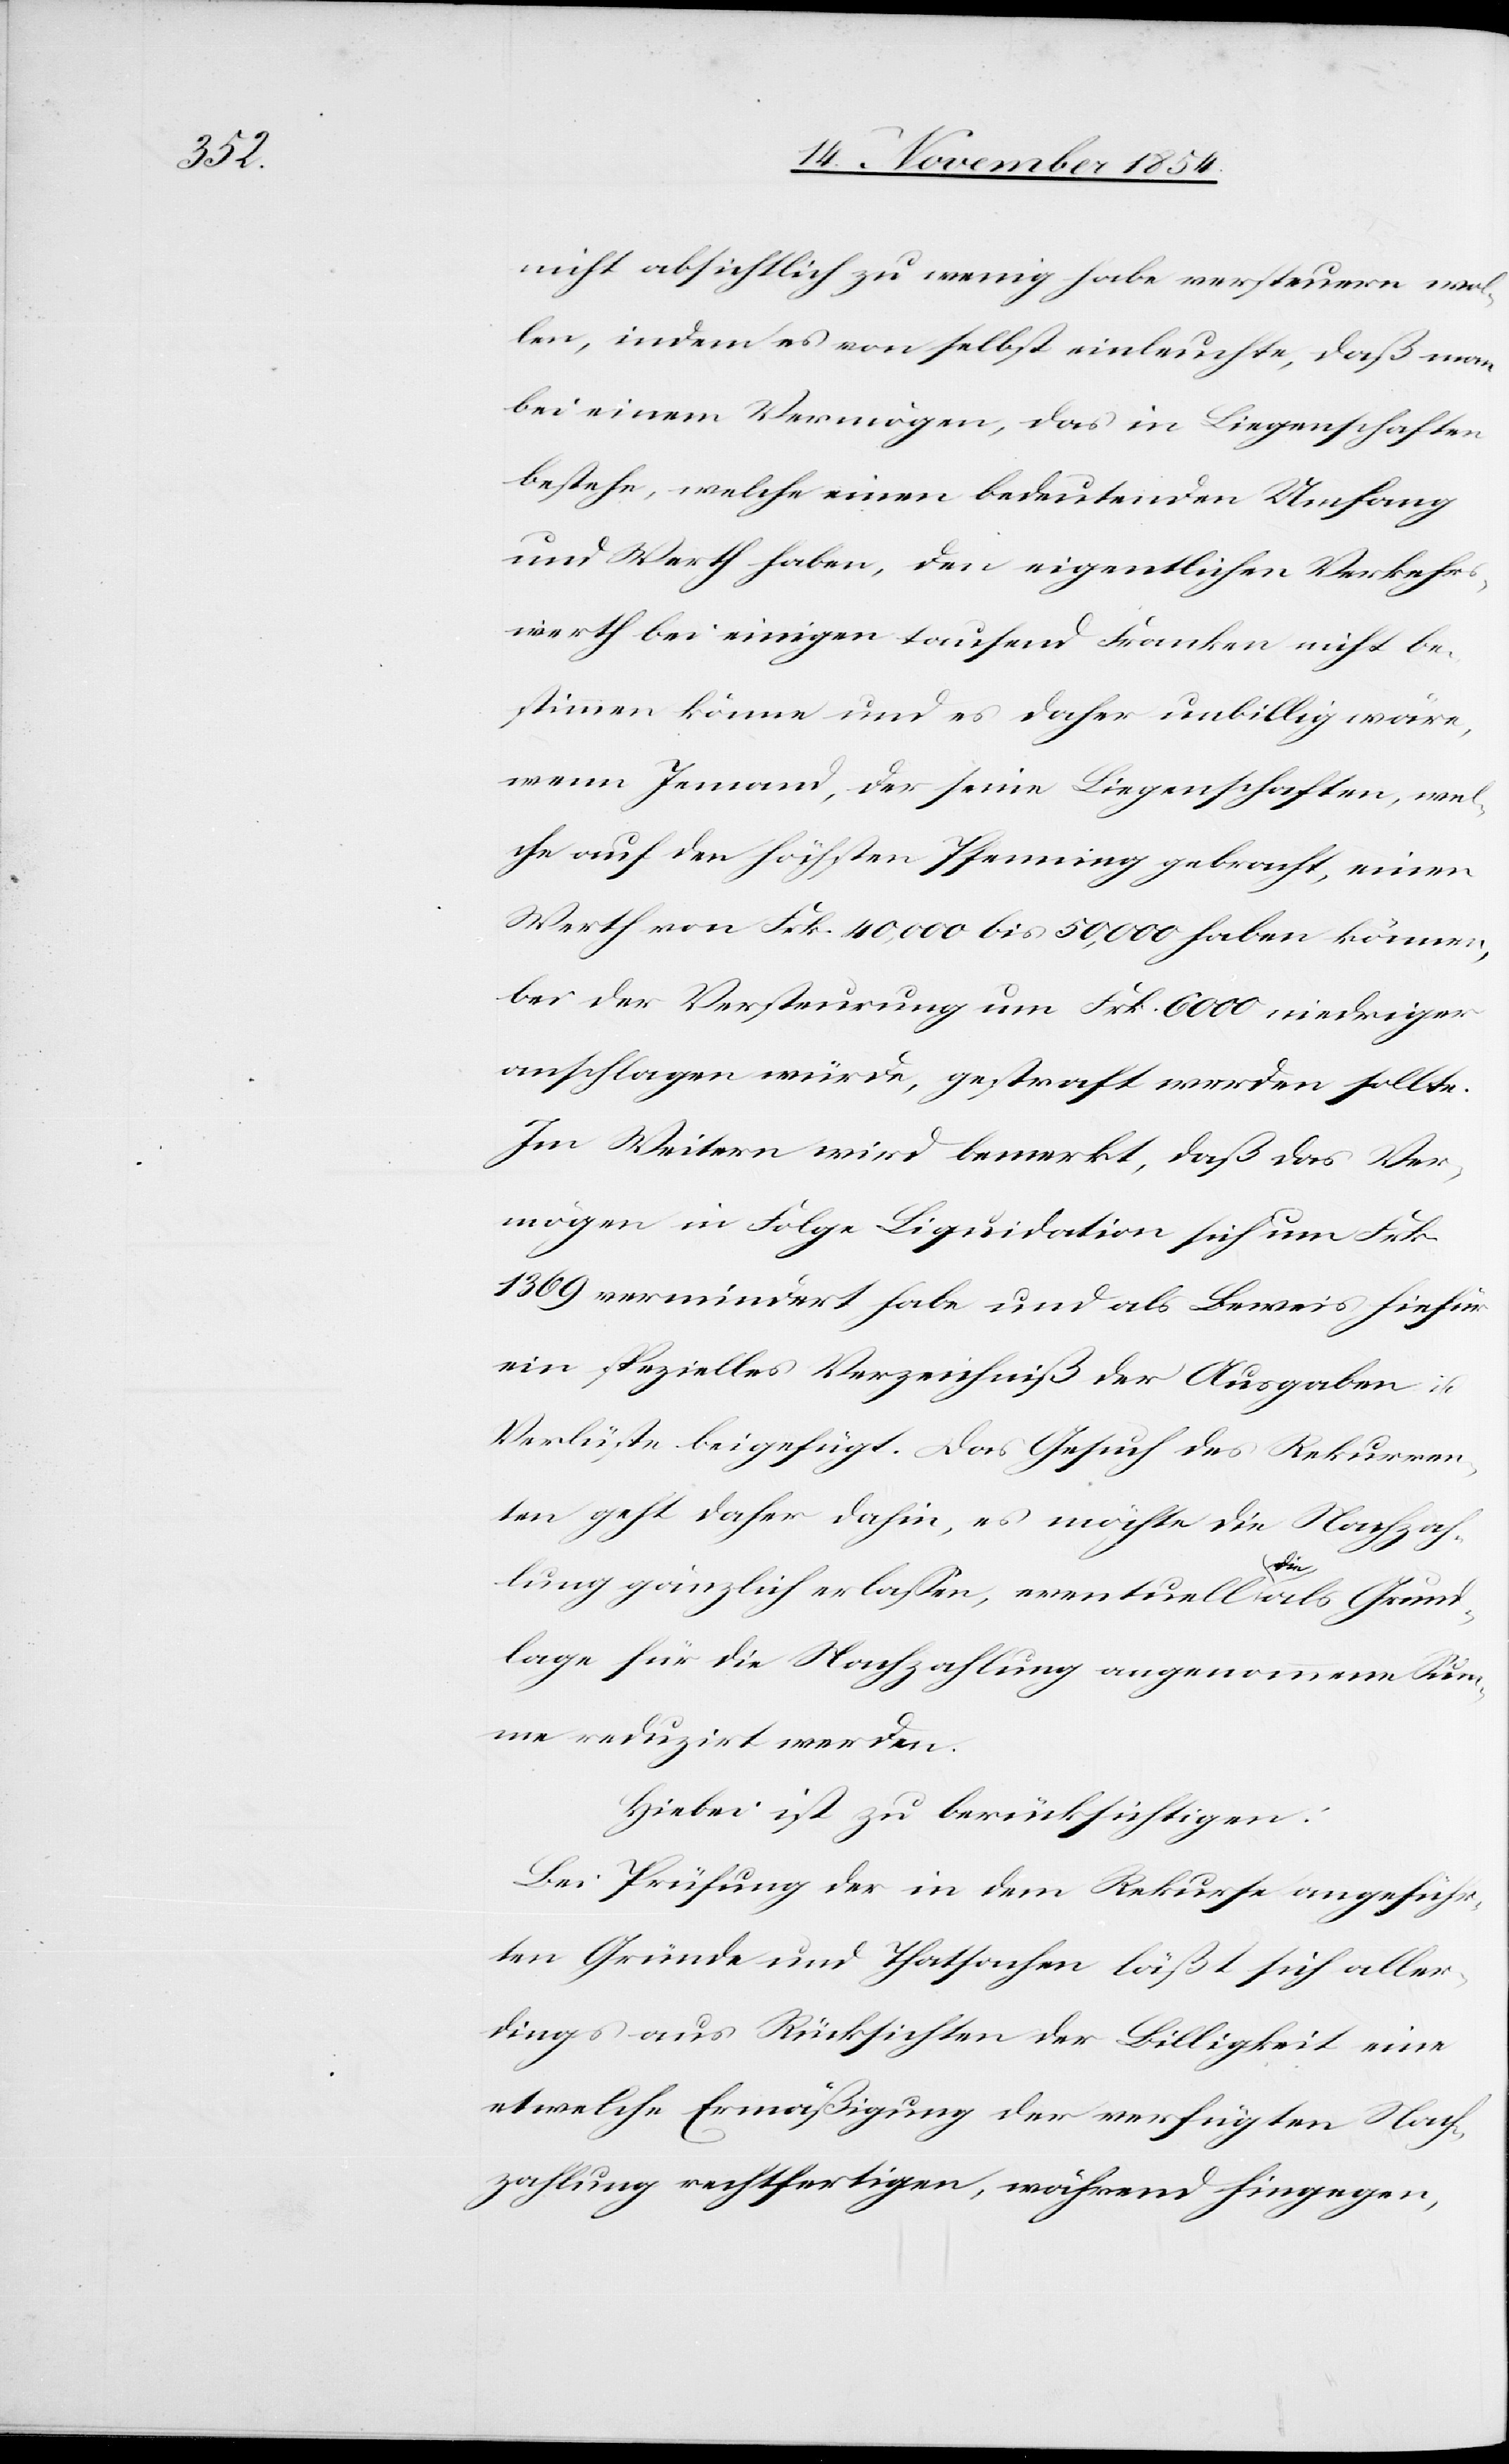
nicht absichtlich zu wenig habe versteuern wol¬
len, indem es von selbst einleuchte, daß man
bei einem Vermögen, das in Liegenschaften
bestehe, welche einen bedeutenden Umfang
und Werth haben, den eigentlichen Verkehrs¬
werth bei einigen tausend Franken nicht be¬
stimmen könne und es daher unbillig wäre,
wenn Jemand, der seine Liegenschaften, wel¬
che auf den höchsten Pfenning gebracht, einen
Werth von Frk. 40,00 bis 50,000 haben können,
bei der Versteurung um Frk. 6000 niedriger
anschlagen würde, gestraft werden sollte.
Im Weitern wird bemerkt, daß das Ver¬
mögen in Folge Liquidation sich um Frk.
1369 vermindert habe und als Beweis hiefür
ein spezielles Verzeichniß der Ausgaben u.
Verlüste beigefügt. Das Gesuch des Rekurren¬
ten geht daher dahin, es möchte die Nachzah¬
lung gänzlich erlaßen, eventuell a-die-a als Grund¬
lage für die Nachzahlung angenommene Sum¬
me reduzirt werden.
Hiebei ist zu berücksichtigen:
Bei Prüfung der in dem Rekurse angeführ¬
ten Gründe und Thatsachen läßt sich aller¬
dings aus Rücksicht der Billigkeit eine
etwelche Ermäßigung der verfügten Nach¬
zahlung rechtfertigen, während hingegen,